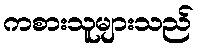
ကစားသူများသည်